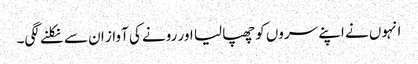
انہوں نے اپنے سروں کو چھپا لیا اور رونے کی آواز ان سے نکلنے لگی۔